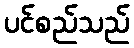
ပင်စည်သည်